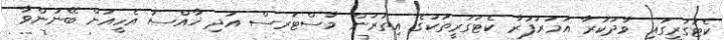
ކެޓަގަރީގައި ވާދަކުރާ އުމުރުފުރާ ކެޓަގަރީތަކުގެ އިތުރުން މާސްޓަރސް އަދި ޚާއްސަ އެހީއަށް ބޭނުންވާ